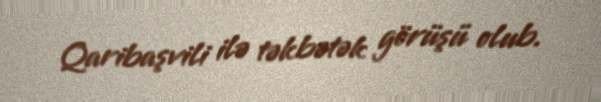
Qaribaşvili ilə təkbətək görüşü olub.